Plague in India, 1896, 1897 - Volume 2
Year: 1896
Disease focus: Plague
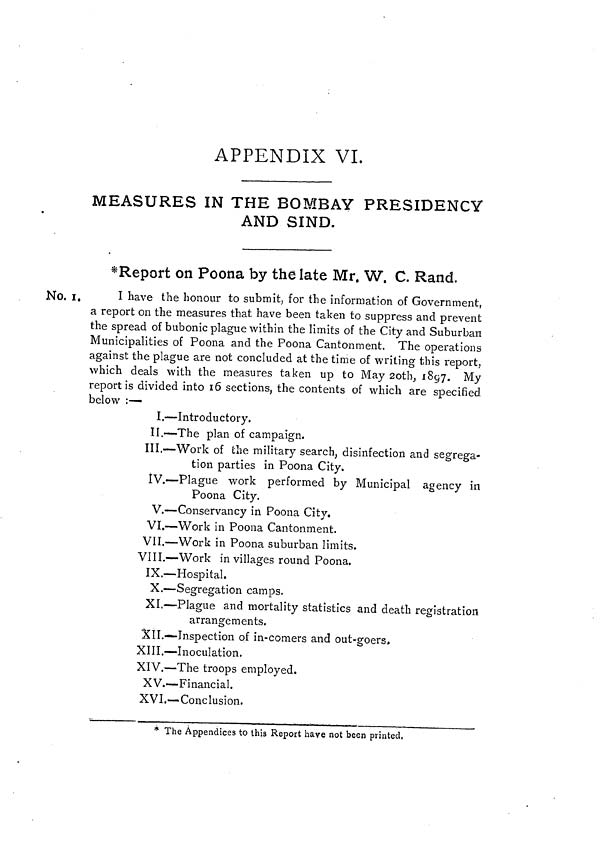
APPENDIX VI.
MEASURES IN THE BOMBAY PRESIDENCY
AND SIND.
*Report on Poona by the late Mr. W. C. Rand.
No. 1.
I have the honour to submit, for the information of Government,
a report on the measures that have been taken to suppress and prevent
the spread of bubonic plague within the limits of the City and Suburban
Municipalities of Poona and the Poona Cantonment. The operations
against the plague are not concluded at the time of writing this report,
which deals with the measures taken up to May 2oth, 1897. My
report is divided into 16 sections, the contents of which are specified
below :—
I.—Introductory.
II-The plan of campaign.
III.—Work of the military search, disinfection and segrega-
tion parties in Poona City.
IV.—Plague work performed by Municipal agency in
Poona City.
V.—Conservancy in Poona City.
VI.—Work in Poona Cantonment.
VII.—Work in Poona suburban limits.
VIII.—Work in villages round Poona.
IX.—Hospital.
X.—Segregation camps.
XI.—Plague and mortality statistics and death registration
arrangements.
XlI.—Inspection of in-comers and out-goers.
XIII.—Inoculation.
XIV.—The troops employed.
XV.—Financial.
XVI.— Conclusion.
* The Appendices to this Report have not been printed.